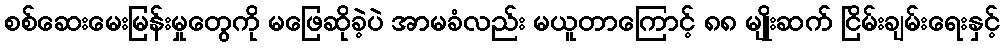
စစ်ဆေးမေးမြန်းမှုတွေကို မဖြေဆိုခဲ့ပဲ အာမခံလည်း မယူတာကြောင့် ၈၈ မျိုးဆက် ငြိမ်းချမ်းရေးနှင့်